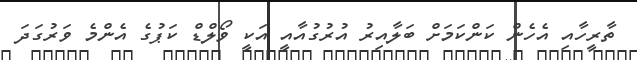
ތާރީހާއި އެހެން ކަންކަމަށް ބަލާއިރު އުރުގުއާއީ އަކީ ވޯލްޑް ކަޕުގެ އެންމެ ވަރުގަދަ